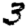
Digit: 3